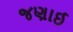
જણાઈ